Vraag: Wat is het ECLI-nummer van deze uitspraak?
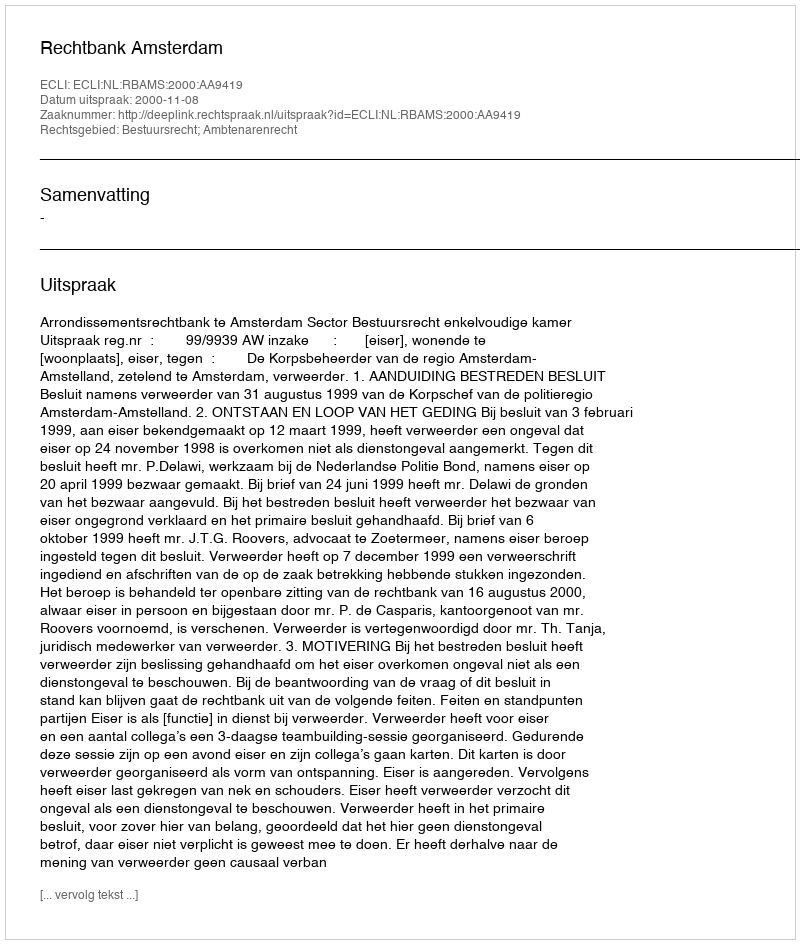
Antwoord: ECLI:NL:RBAMS:2000:AA9419